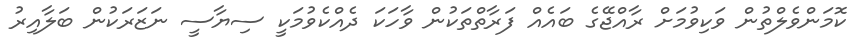
ކޮމަންވެލްތުން ވަކިވުމަށް ރާއްޖޭގެ ބައެއް ފަރާތްތަކުން ވާހަކަ ދެއްކެވުމަކީ ސިޔާސީ ނަޒަރަަކުން ބަލާއިރު